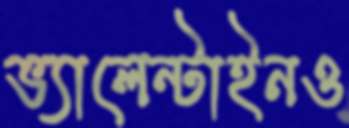
ভ্যালেন্টাইনও